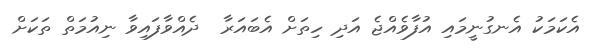
އެކަމަކު އެނގުނީމައި އުފާވެއްޖެ އަދި ހިތަށް އެބައަރާ  ދެއްވާފައިވާ ނިއުމަތް ތަކަށް